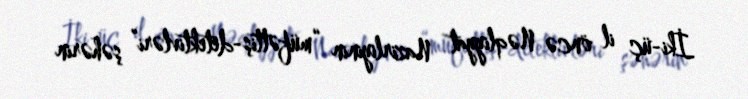
İki-üç il öncə Nəqliyyat Nazirliyinin “müfəttiş-detektivləri” şəhərin